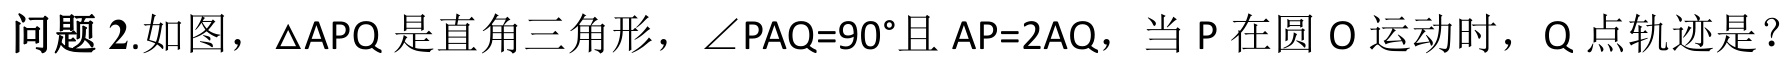
问题 2.如图，$\triangle APQ$是直角三角形，$\angle PAQ = 90^{\circ}$且$AP = 2AQ$，当 P 在圆 O 运动时，Q 点轨迹是？